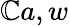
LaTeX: \mathbb{C}a,w